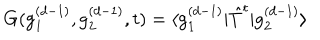
LaTeX: G ( \mathrm { g } _ { 1 } ^ { ( d - 1 ) } , \mathrm { g } _ { 2 } ^ { ( d - 1 ) } , t ) = \langle \mathrm { g } _ { 1 } ^ { ( d - 1 ) } | \hat { T } ^ { t } | \mathrm { g } _ { 2 } ^ { ( d - 1 ) } \rangle